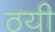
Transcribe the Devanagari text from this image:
ठयी